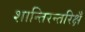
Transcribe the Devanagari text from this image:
शान्तिरन्तरिक्षँ